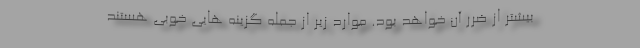
بیشتر از ضرر آن خواهد بود. موارد زیر از جمله گزینه هایی خوبی هستند